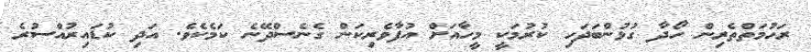
ރަހުމަތްތެރިން ހޯދާ ގުޅުންބަދަހި ކުރުމަކީ މީހާއަށް އުފާވެރިކަން ގެނެސްދޭނެ ކަމެކެވެ. އަދި ކުޑައިރުއްސުރެ